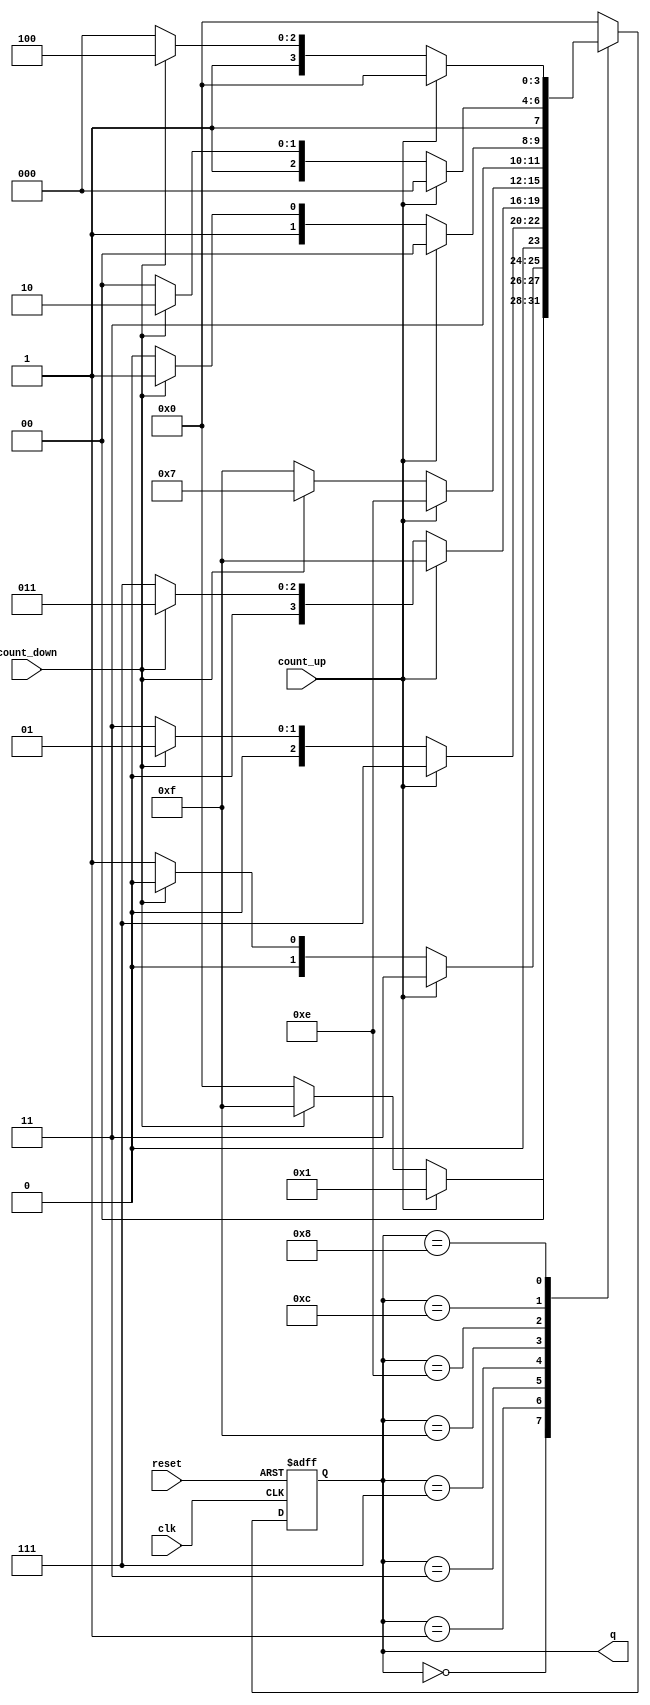
module bidirectional_johnson_counter (
    input wire clk,          // Clock signal
    input wire reset,        // Reset signal
    input wire count_up,     // Control signal to count up
    input wire count_down,   // Control signal to count down
    output reg [N-1:0] q     // Output state of the counter
);
    parameter N = 4; // Number of flip-flops

    // Internal signal for next state
    reg [N-1:0] next_state;

    always @(posedge clk or posedge reset) begin
        if (reset) begin
            q <= 0; // Reset the counter to 0
        end else begin
            q <= next_state; // Update the counter state
        end
    end

    always @(*) begin
        case (q)
            4'b0000: next_state = (count_up) ? 4'b0001 : (count_down) ? 4'b1111 : 4'b0000;
            4'b0001: next_state = (count_up) ? 4'b0011 : (count_down) ? 4'b0000 : 4'b0001;
            4'b0011: next_state = (count_up) ? 4'b0111 : (count_down) ? 4'b0001 : 4'b0011;
            4'b0111: next_state = (count_up) ? 4'b1111 : (count_down) ? 4'b0011 : 4'b0111;
            4'b1111: next_state = (count_up) ? 4'b1110 : (count_down) ? 4'b0111 : 4'b1111;
            4'b1110: next_state = (count_up) ? 4'b1100 : (count_down) ? 4'b1111 : 4'b1110;
            4'b1100: next_state = (count_up) ? 4'b1000 : (count_down) ? 4'b1110 : 4'b1100;
            4'b1000: next_state = (count_up) ? 4'b0000 : (count_down) ? 4'b1100 : 4'b1000;
            default: next_state = 4'b0000; // Default case
        endcase
    end
endmodule